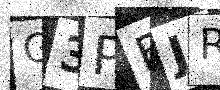
Text: G3PBJR